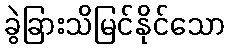
ခွဲခြားသိမြင်နိုင်သော